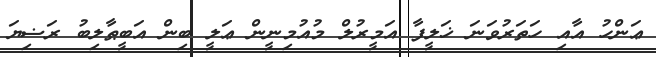
ޢަންހު އާއި ހަތަރުވަނަ ޚަލީފާ އަމީރުލް މުއުމިނީން ޢަލީ ބިން އަބީޠާލިބު ރަޟިޔަ